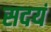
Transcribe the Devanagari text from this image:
सदयं